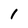
Character: 1